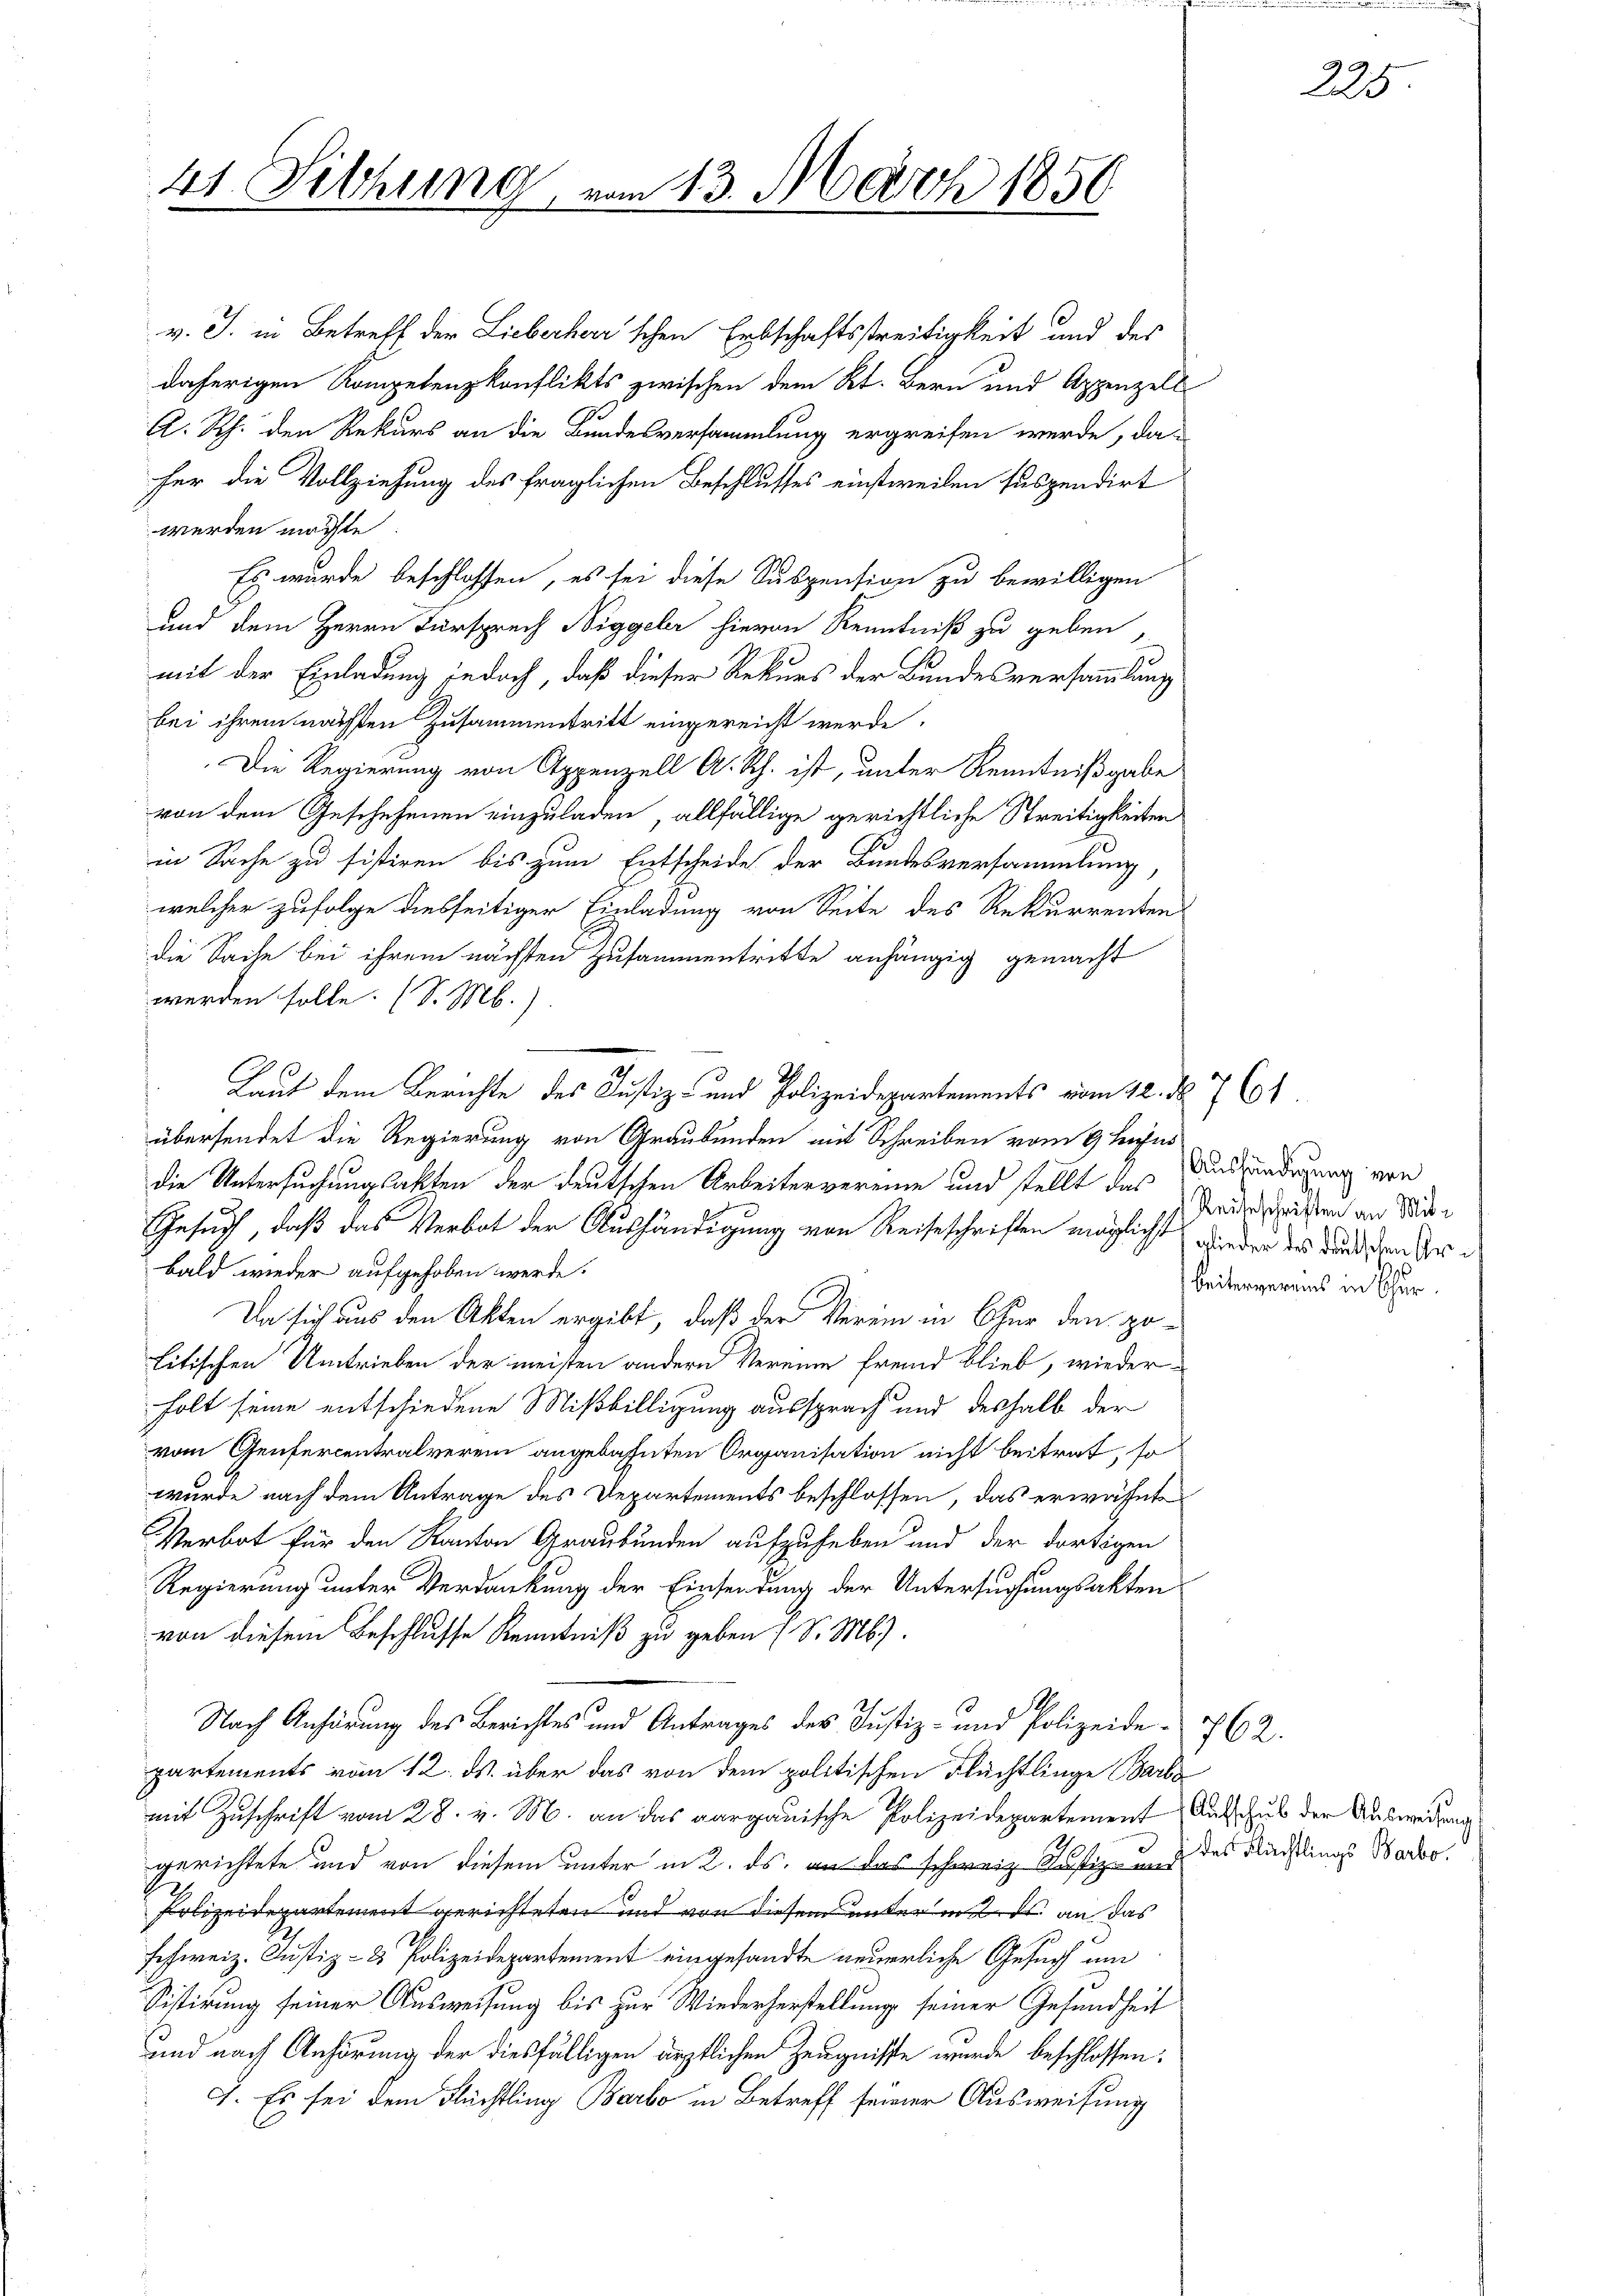
41. Sitzung, von 13. März 1856

v. J. in Betreff der Lieberher'schen Erbschaftsstreitigkeit und des
daherigen Kompetenzkonflikts zwischen dem Kt. Bern und Appenzell
A. Rh. den Rekurs an die Bundesversammlung ergreifen werde, da
her die Vollziehung des fraglichen Beschlusses einstweilen suspendirt
werden möchte
Es wurde beschlossen, es sei diese Suspension zu bewilligen
und dem Herrn Fürsprech Niggeler hievon Kenntniß zu geben,
mit der Einladung jedoch, daß dieser Rekurs der Bundesversammlung
bei ihrem nächsten Zusammentritt eingereicht werde.
Die Regierung von Appenzell A. Rh. ist, unter Kenntnißgabe
von dem Geschehenen einzuladen, allfällige gerichtliche Streitigkeiten
in Sache zu sistiren bis zum Entscheide der Bundesversammlung
welcher zufolge diesseitiger Einladung von Seite des Rekurrenten
die Sache bei ihrem nächsten Zusammentritte anhängig gemacht
werden solle. (S. M.)
Laut dem Berichte des Justiz- und Polizeidepartements vom 20. d. 7. 61
übersendet die Regierung von Graubünden mit Schreiben vom 9 hujus
die Untersuchungsakten der deutschen Arbeitervereine und stellt das
Gesuch, daß das Verbot der Aushändigung von Reiseschriften möglicht wieder des Bunden Arbald wieder aufgehoben werde.
Da sich aus den Akten ergibt, daß der Verein in Chur den politischen Umtrieben der meisten andern Vereine fremd blieb, wiederholt seine entschiedene Mißbilligung aussprach und deshalb der
vom Genfercentralverein angebahnten Organisation nicht beitrat, so
wurde nach dem Antrage des Departements beschlossen, das erwähnt
Verbot für den Kanton Graubünden aufzuheben und der dortigen
Regierung unter Verdankung der Einsendung der Untersuchungsakten
von diesem Beschlusse Kenntniß zu geben (S. M.
1
Nach Anhörung des Berichtes und Antrages des Justiz- und Polizeide 762.
partements vom 12. ds. über das von dem politischen Flüchtlinge Barba
mit Zuschrift vom 28. v. M. an das aargauische Polizeidepartement Ausschub der Auswedung
gerichtete und von diesem unter in 2. ds. an das schweiz. Justiz- und des Nächtlings Wado
Polizeidepartement gerichteten und von diesem unter in 2. ds. an das
schweiz. Justiz- & Polizeidepartement eingesandte neuerliche Gesuch um
Sistirung seiner Ausweisung bis zur Wiederherstellung seiner Gesundheit
und nach Anhörung der diesfälligen ärztlichen Zeugnisse wurde beschlossen:
I. Es sei dem Flüchtling Barto in Betreff seiner Ausweisung

Aushändigung von
Reiteschriften an Mitbeitervereins in Cher.

225.